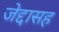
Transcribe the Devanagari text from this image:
जेद्दासह